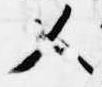
人